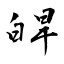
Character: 皔